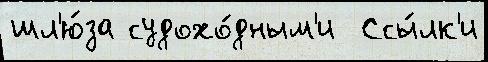
шл'ю́за судохо́дным'и  Ссы́лк'и